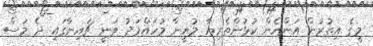
މީގެ އިތުރުން އަންހެން ކުޅުންތެރިޔާ މުއީނާ މުހައްމަދު ވަނީ ޗައިނާގައި ދެ މަސް